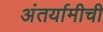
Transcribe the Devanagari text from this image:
अंतर्यामीची